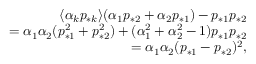
\begin{array} { r } { \langle \alpha _ { k } p _ { * k } \rangle ( \alpha _ { 1 } p _ { * 2 } + \alpha _ { 2 } p _ { * 1 } ) - p _ { * 1 } p _ { * 2 } } \\ { = \alpha _ { 1 } \alpha _ { 2 } ( p _ { * 1 } ^ { 2 } + p _ { * 2 } ^ { 2 } ) + ( \alpha _ { 1 } ^ { 2 } + \alpha _ { 2 } ^ { 2 } - 1 ) p _ { * 1 } p _ { * 2 } } \\ { = \alpha _ { 1 } \alpha _ { 2 } ( p _ { * 1 } - p _ { * 2 } ) ^ { 2 } , } \end{array}